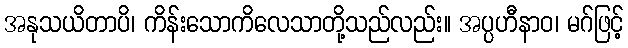
အနုသယိတာပိ၊ ကိန်းသောကိလေသာတို့သည်လည်း။ အပ္ပဟီနာဝ၊ မဂ်ဖြင့်